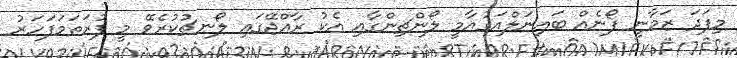
މިފަދަ ޒަމާނީ ފޯނެއް ބައިނަލްއަގުއާމީ ލޯންޗިންގާއި އެކު ރާއްޖޭގައި ލޯނޗުކުރެވޭ މީ ފުރަތަމަފަހަރު